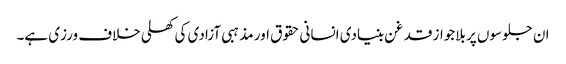
ان جلوسوں پر بلاجواز قدغن بنیادی انسانی حقوق اور مذہبی آزادی کی کھلی خلاف ورزی ہے۔